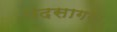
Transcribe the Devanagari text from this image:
पदसागर।